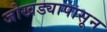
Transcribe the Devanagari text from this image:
जोखड्यापासून